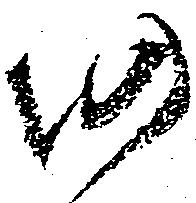
仍